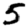
Digit: 5